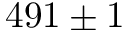
4 9 1 \pm 1